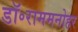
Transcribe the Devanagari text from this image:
डॉ॰राममनोहर